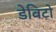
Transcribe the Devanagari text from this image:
डेबिटो